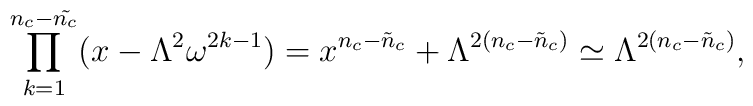
\prod_{k=1}^{n_c-\tilde{n_c}} (x- \Lambda^2 \omega^{2k-1})    = x^{n_{c}-\tilde{n}_{c}} + \Lambda^{2(n_{c}-\tilde{n}_{c})}    \simeq \Lambda^{2(n_{c}-\tilde{n}_{c})},